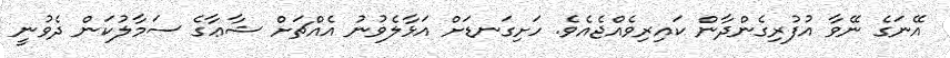
އޭނަގެ ނޭވާ އުފުރިގެންދާން ކައިރިވެއްޖެއެވެ. ހަށިގަނޑަށް އަޅާލެވުނު އެއްޗަށް ޝާޢާގެ ސަމާލުކަން ދެވުނީ